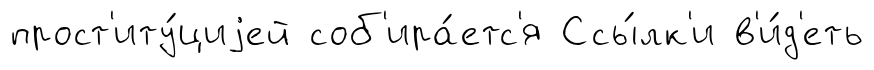
прост'иту́циjей соб'ира́етс'я Ссы́лк'и в'и́д'еть